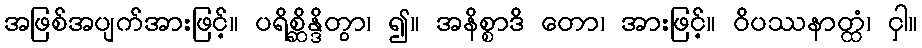
အဖြစ်အပျက်အားဖြင့်။ ပရိစ္ဆိန္ဒိတွာ၊ ၍။ အနိစ္စာဒိ တော၊ အားဖြင့်။ ဝိပဿနာတ္ထံ၊ ငှါ။